system: You are a helpful assistant.
user:
Analyze the provided spectrum to determine if it is a **S-type Star**.

- **Key Indicators for S-type Star:**

    - **(Overall Spectrum Shape):** The first and most obvious characteristic is the overall continuum (the "baseline" shape). It is **extremely "red-sloping,"** meaning the flux (light intensity) is very low on the left side (blue, ~4000-4500 Å) and rises steeply and continuously toward the right side (red, ~7000 Å+).

    - **(Primary):** The spectrum is defined by the presence of strong, broad molecular absorption "valleys" (bands) from **Zirconium Oxide (ZrO)**. The identification of these bands is the **primary requirement** for classifying a star as S-type.
        - **(Key Bandheads):** You must find distinct, deep "dips" where the light has been absorbed. The most critical band systems to locate are:
            - **~6474 Å** ($\gamma$-system): This is often the strongest and clearest ZrO feature, found in the red part of the spectrum.
            - **~5718 Å** & **~5551 Å** ($\beta$-system): A pair of prominent absorption features in the yellow-orange part of the spectrum.
            - **~4640 Å** ($\alpha$-system): A key absorption band system in the blue-green region of the spectrum.

    - **(Secondary Confirmation):** The classification is strengthened by finding additional absorption bands from other related heavy element oxides, which are expected to be present alongside ZrO.
        - **(Key Bandheads):**
            - **Yttrium Oxide (YO):** Look for absorption dips near **~4800 Å** and **~6100 Å**.
            - **Lanthanum Oxide (LaO):** Additional absorption features, particularly in the red-orange part of the spectrum, are also characteristic.

    - **(Line Profile):** The combination of the steep red continuum and these numerous, deep molecular bands (ZrO, YO, etc.) gives the entire spectrum a very **"chopped-up"** or **"bumpy"** appearance. Instead of a smooth curve, the spectrum looks as though large, wide chunks of light have been "carved out" of it at the specific wavelengths listed above.

Think first, call **spectral_visualization_tool** if needed to examine features in detail, then provide your final answer. Your response must adhere to the following strict rules:
1.  **Overall Structure:** Your response must follow the format `<think>...</think> <tool_call>...</tool_call> (if a tool is used) <answer>...</answer>`.
2.  **Tool Usage Constraint:** You may only make **one** tool call per turn.
3.  **Final Answer Format:** In the `<answer>` tag, your conclusion must be inside a `\boxed{}` command (e.g., `\boxed{YES}` or `\boxed{NO}`), followed by your justification.

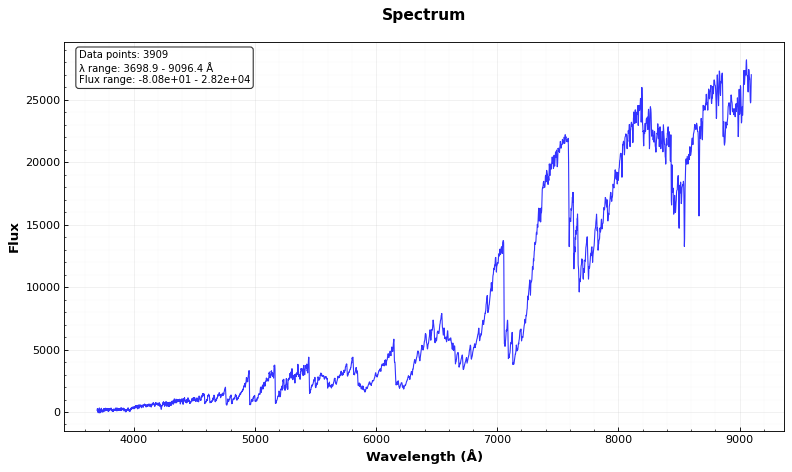
Answer: YES